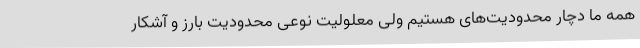
همه ما دچار محدودیت‌های هستیم ولی معلولیت نوعی محدودیت بارز و آشکار